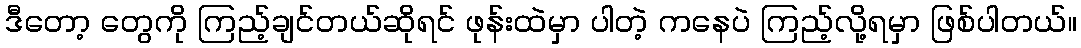
ဒီတော့ တွေကို ကြည့်ချင်တယ်ဆိုရင် ဖုန်းထဲမှာ ပါတဲ့ ကနေပဲ ကြည့်လို့ရမှာ ဖြစ်ပါတယ်။